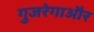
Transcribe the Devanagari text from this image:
गुजरेगाऔर